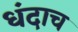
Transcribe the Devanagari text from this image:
धंदाच